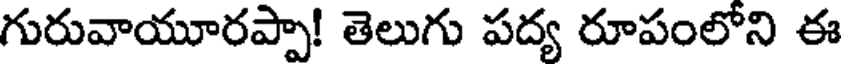
గురువాయూరప్పా! తెలుగు పద్య రూపంలోని ఈ